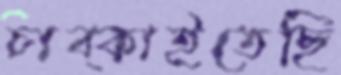
চাব্‌কাইতেছি